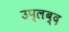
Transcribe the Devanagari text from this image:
उप्लब्द